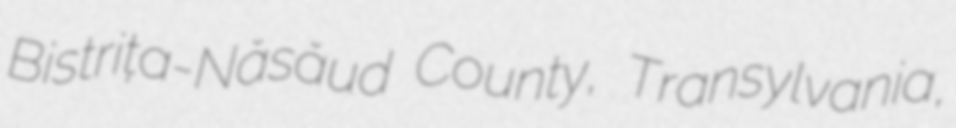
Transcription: Bistrița-Năsăud County, Transylvania,